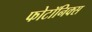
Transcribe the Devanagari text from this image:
फोटॉनिक्‍स